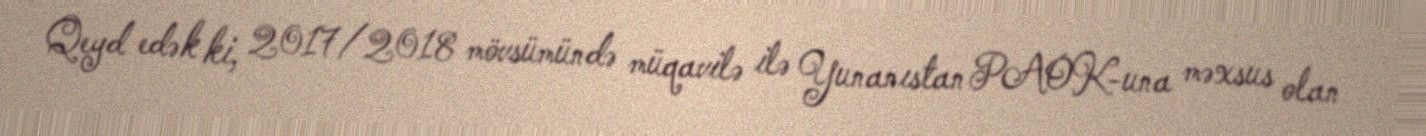
Qeyd edək ki, 2017/2018 mövsümündə müqavilə ilə Yunanıstan PAOK-una məxsus olan